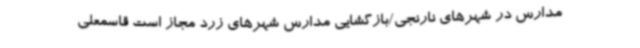
مدارس در شهرهای نارنجی/بازگشایی مدارس شهرهای زرد مجاز است قاسمعلی